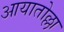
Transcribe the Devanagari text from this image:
आयातोल्ला